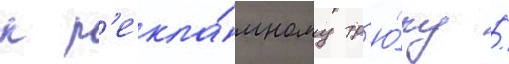
к р'екла́мному тр'ю́ку /